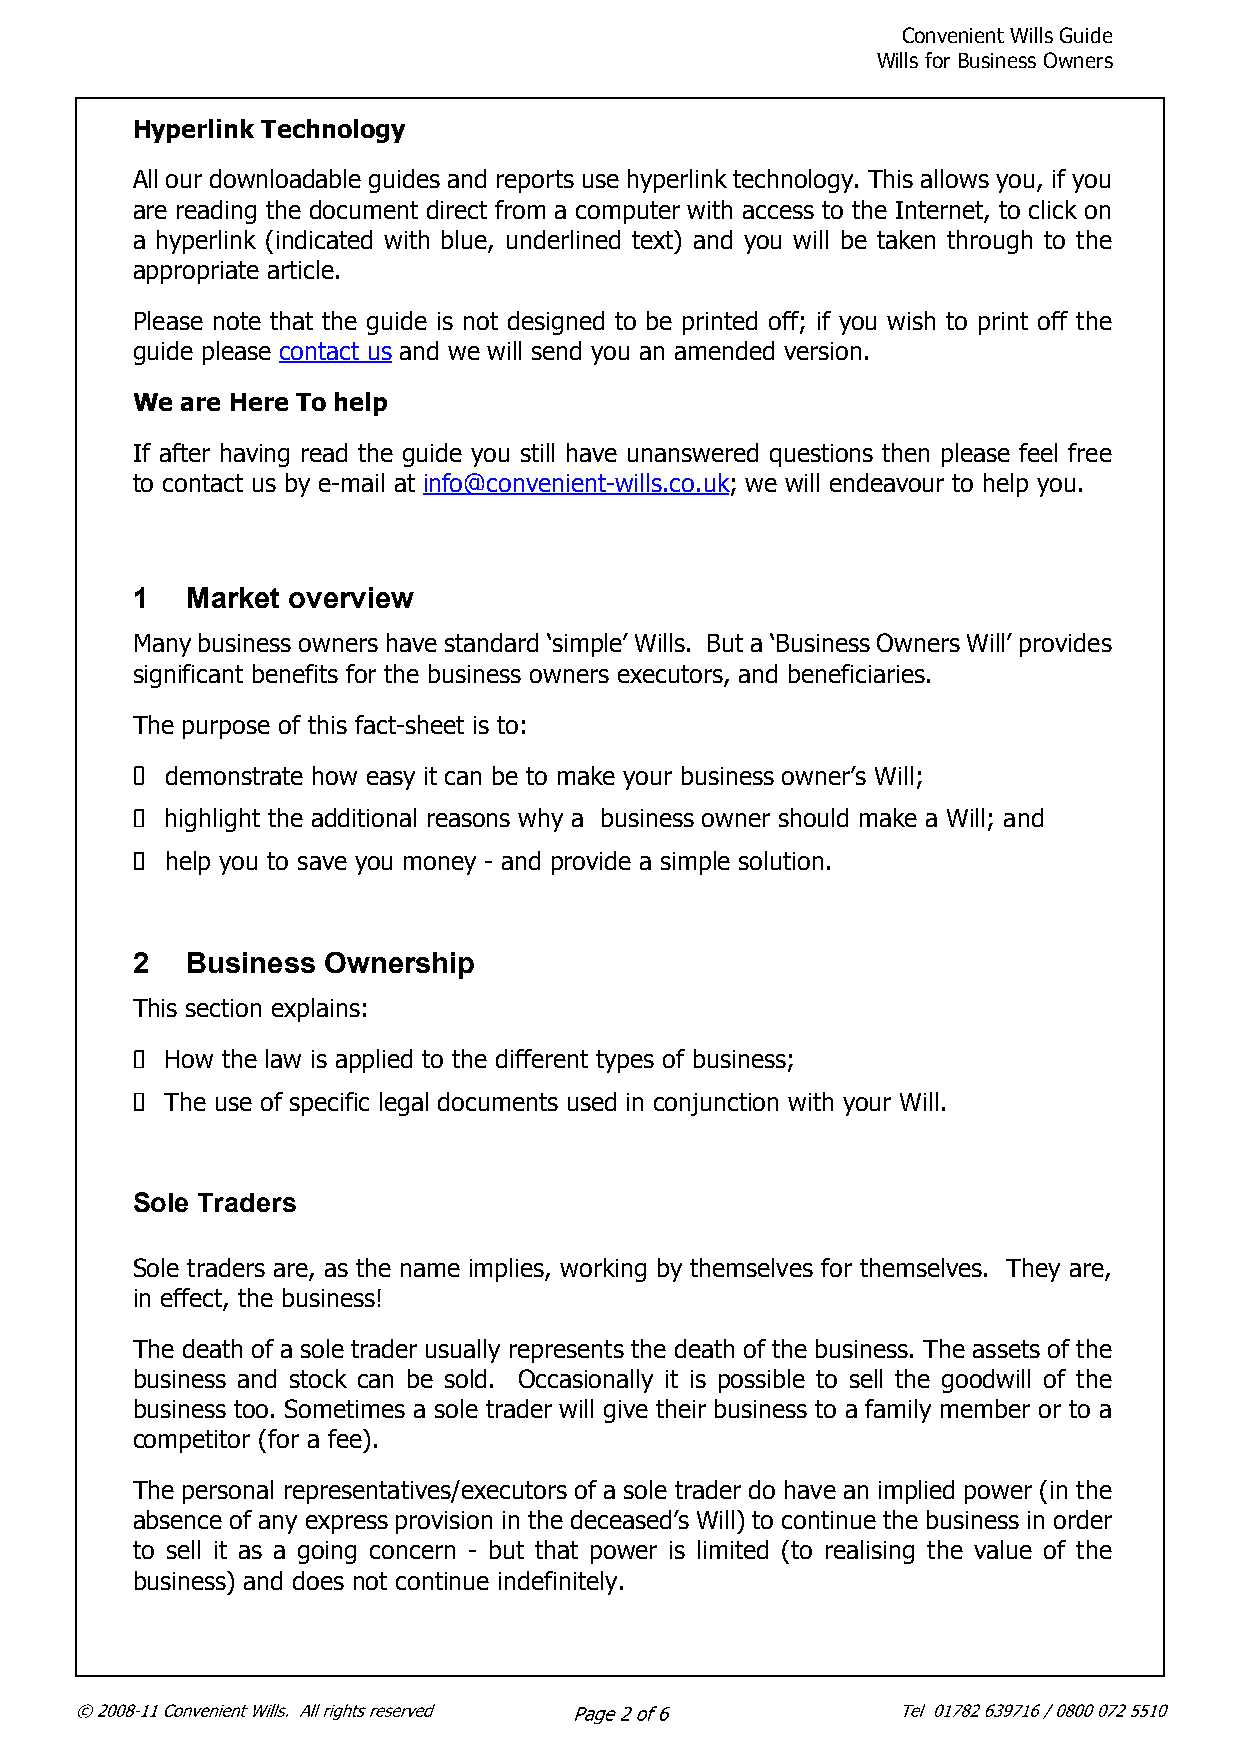
Convenient Wills Guide
 Wills for Business Owners
 Hyperlink Technology
 All our downloadable guides and reports use hyperlink technology. This allows you, if you
 are reading the document direct from a computer with access to the Internet, to click on
 a hyperlink (indicated with blue, underlined text) and you will be taken through to the
 appropriate article.
 Please note that the guide is not designed to be printed off; if you wish to print off the
 guide please contact us and we will send you an amended version.
 We are Here To help
 If after having read the guide you still have unanswered questions then please feel free
 to contact us by e-mail at info@convenient-wills.co.uk; we will endeavour to help you.
 1  Market overview
 Many business owners have standard ‘simple’ Wills. But a ‘Business Owners Will’ provides
 significant benefits for the business owners executors, and beneficiaries.
 The purpose of this fact-sheet is to:
 demonstrate how easy it can be to make your business owner’s Will;
 highlight the additional reasons why a business owner should make a Will; and
 help you to save you money - and provide a simple solution.
 2  Business Ownership
 This section explains:
 How the law is applied to the different types of business;
 The use of specific legal documents used in conjunction with your Will.
 Sole Traders
 Sole traders are, as the name implies, working by themselves for themselves. They are,
 in effect, the business!
 The death of a sole trader usually represents the death of the business. The assets of the
 business and stock can be sold. Occasionally it is possible to sell the goodwill of the
 business too. Sometimes a sole trader will give their business to a family member or to a
 competitor (for a fee).
 The personal representatives/executors of a sole trader do have an implied power (in the
 absence of any express provision in the deceased’s Will) to continue the business in order
 to sell it as a going concern - but that power is limited (to realising the value of the
 business) and does not continue indefinitely.